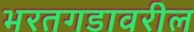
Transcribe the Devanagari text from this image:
भरतगडावरील